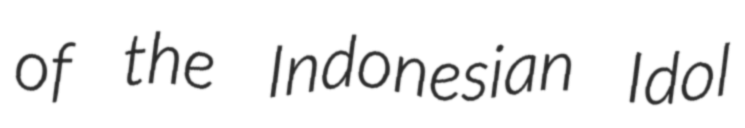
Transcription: of the Indonesian Idol